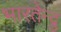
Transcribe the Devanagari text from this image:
भारतेन्द्रु